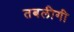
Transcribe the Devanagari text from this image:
तबलीगी